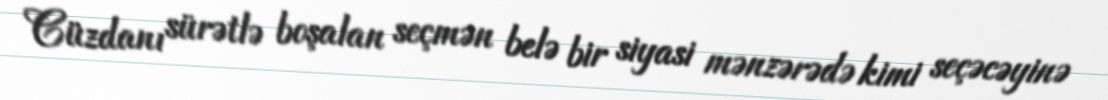
Cüzdanı sürətlə boşalan seçmən belə bir siyasi mənzərədə kimi seçəcəyinə